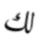
لك